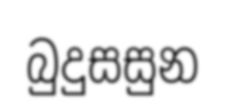
බුදුසසුන